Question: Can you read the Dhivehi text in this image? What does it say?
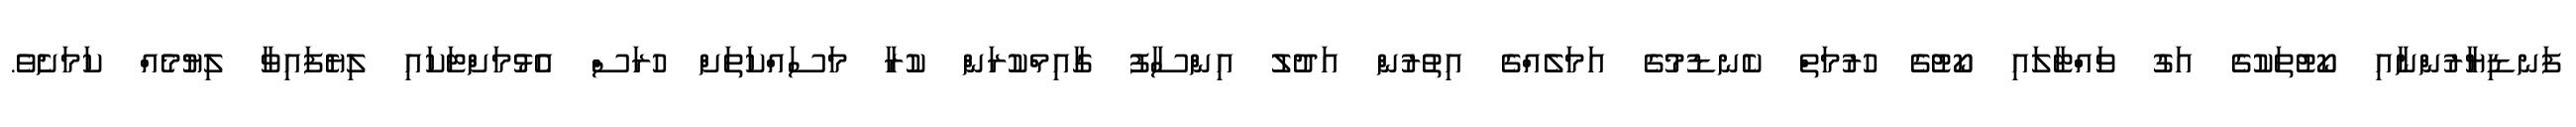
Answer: ފަނޑިޔާރުންނާއި ކޯޓުތަކުގެ އަގު ވައްްޓާލައި ކޯޓުގެ ހުރުމަތް ކެނޑުމުގެ އަމަލެއްގެ އިތުރުން އަދުލު އިންސާފު ގާއިމްކުރަން ކުރާ މަސައްކަތަށް ހުރަސް އެޅުމަށްޓަކައި ލިޔެފައިވާ ލިޔުމެއް ކަމަށެވެ.